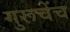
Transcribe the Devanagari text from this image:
गुरूचेंच